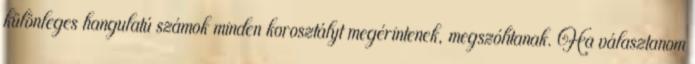
különleges hangulatú számok minden korosztályt megérintenek, megszólítanak. Ha választanom